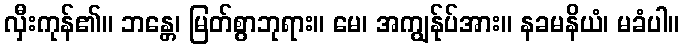
လှီးကုန်၏။ ဘန္တေ၊ မြတ်စွာဘုရား။ မေ၊ အကျွန်ုပ်အား။ နခမနိယံ၊ မခံပါ။